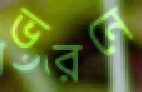
ভরনে